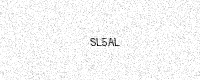
Text: SL5AL